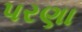
પરણા